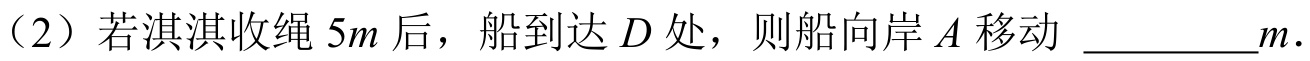
（2）若淇淇收绳 \(5m\) 后，船到达 \(D\) 处，则船向岸 \(A\) 移动 \_\_\_\_\_\_\(m\).